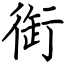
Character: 衘